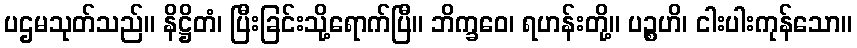
ပဌမသုတ်သည်။ နိဋ္ဌိတံ၊ ပြီးခြင်းသို့ရောက်ပြီ။ ဘိက္ခဝေ၊ ရဟန်းတို့။ ပဉ္စဟိ၊ ငါးပါးကုန်သော။